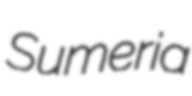
Sumeria